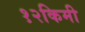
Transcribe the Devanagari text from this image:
१२किमी